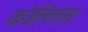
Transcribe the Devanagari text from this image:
कोल्लिंस